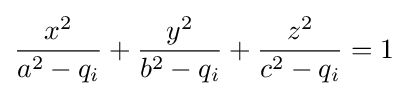
{\frac {x^{2}}{a^{2}-q_{i}}}+{\frac {y^{2}}{b^{2}-q_{i}}}+{\frac {z^{2}}{c^{2}-q_{i}}}=1